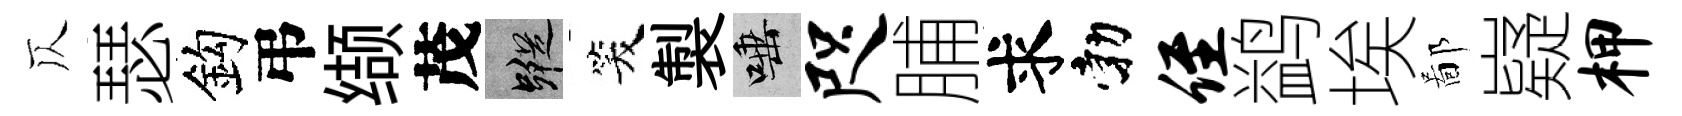
仄瑟鈎弔缬茂蹤笑製唾咫脯求勃侄鹢埃鄙嶷柙